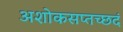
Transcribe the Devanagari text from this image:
अशोकसप्तच्छदं